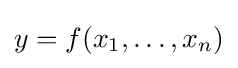
y=f(x_{1},\dots ,x_{n})